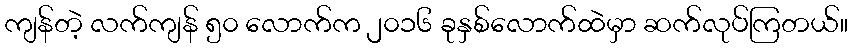
ကျန်တဲ့ လက်ကျန် ၅၀ လောက်က ၂၀၁၆ ခုနှစ်လောက်ထဲမှာ ဆက်လုပ်ကြတယ်။